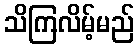
သိကြလိမ့်မည်